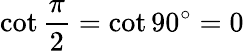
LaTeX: \cot{\frac{\pi}{2}}=\cot 90^{\circ}=0